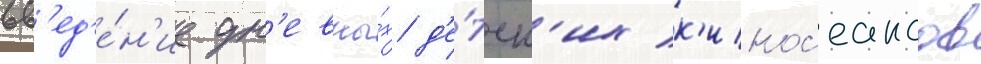
вв'ед'е́н'ие дн'евны́х д'е́тск'их к'инос'еансов